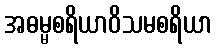
အဓမ္မစရိယာဝိသမစရိယာ